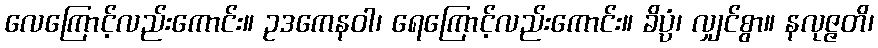
လေကြောင့်လည်းကောင်း။ ဥဒကေနဝါ၊ ရေကြောင့်လည်းကောင်း။ ခိပ္ပံ၊ လျှင်စွာ။ နလုဇ္ဇတိ၊